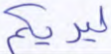
ليريكم